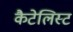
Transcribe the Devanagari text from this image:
कैटेलिस्ट